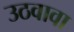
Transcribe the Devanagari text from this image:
उठवावा